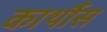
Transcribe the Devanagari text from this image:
कार्थौस